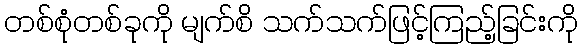
တစ်စုံတစ်ခုကို မျက်စိ သက်သက်ဖြင့်ကြည့်ခြင်းကို